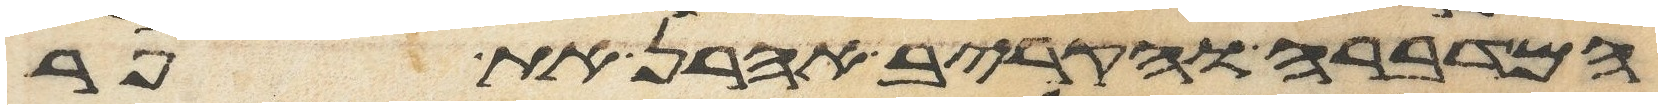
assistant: המדברה והקריב אהרן את פר